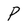
Character: P